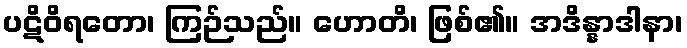
ပဋိဝိရတော၊ ကြဉ်သည်။ ဟောတိ၊ ဖြစ်၏။ အဒိန္နာဒါနာ၊